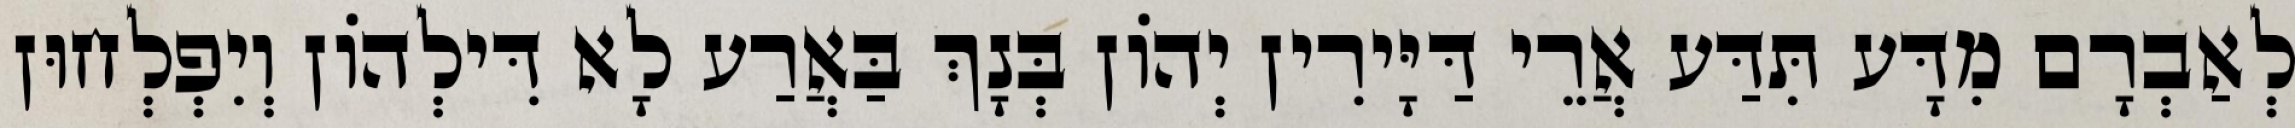
לְאַבְרָם מִדָּע תִּדַּע אֲרֵי דַּיָּירִין יְהוֹן בְּנָךְ בַּאֲרַע לָא דִּילְהוֹן וְיִפְלְחוּן